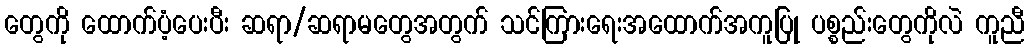
တွေကို ထောက်ပံ့ပေးပီး ဆရာ/ဆရာမတွေအတွက် သင်ကြားရေးအထောက်အကူပြု ပစ္စည်းတွေကိုလဲ ကူညီ